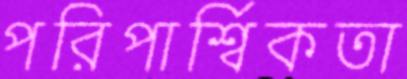
পরিপার্শ্বিকতা